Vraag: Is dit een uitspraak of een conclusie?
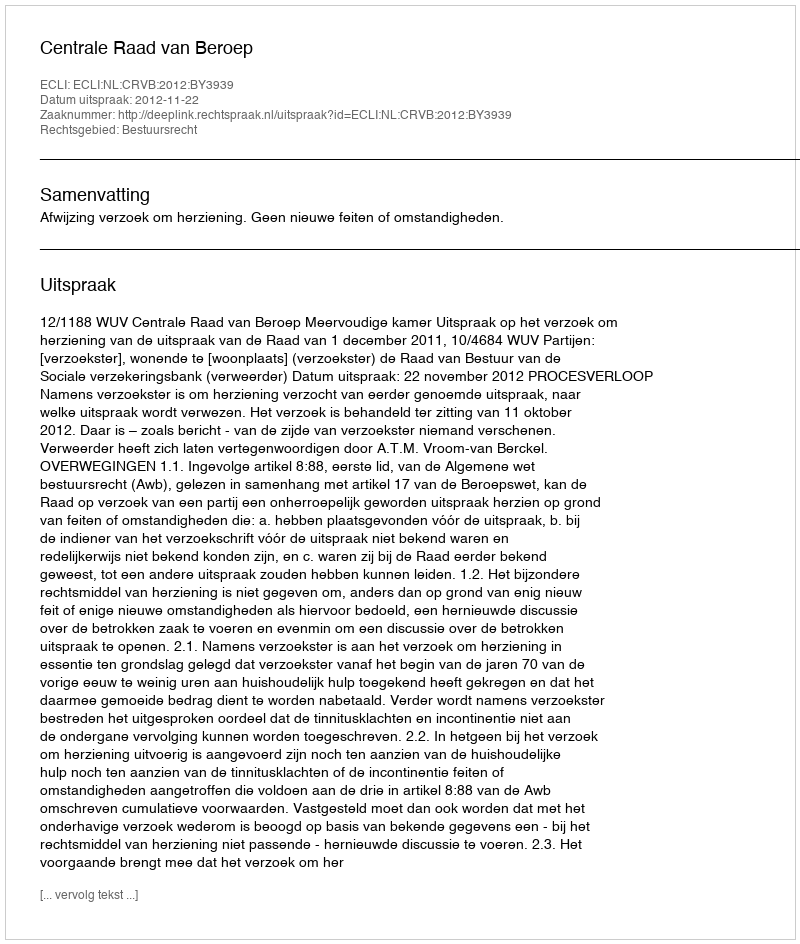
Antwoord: Uitspraak